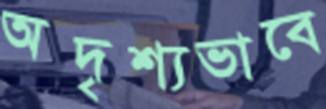
অদৃশ্যভাবে